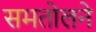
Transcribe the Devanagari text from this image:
समतोलने